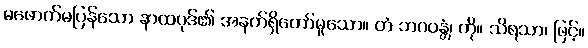
မဖောက်မပြန်သော နာထပုဒ်၏ အနက်ရှိတော်မူသော။ တံ ဘဂဝန္တံ၊ ကို။ သိရသာ၊ ဖြင့်။